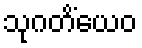
သုဂတိံယေဝ